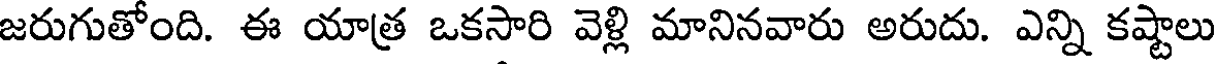
జరుగుతోంది. ఈ యాత్ర ఒకసారి వెళ్లి మానినవారు అరుదు. ఎన్ని కష్టాలు